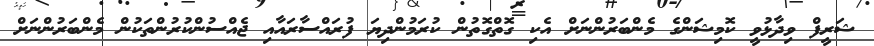
ޝަރީފް ވިދާޅުވީ ކޮމިޝަންގެ މެންބަރުންނަށް އެކި ގޮތްގޮތުން ކުރަމުންދިޔަ ފުރައްސާރައާއި ޖެއްސުންކުރުންތަކުން މެންބަރުންނަށް